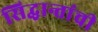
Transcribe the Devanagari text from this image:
सिद्धान्तांची